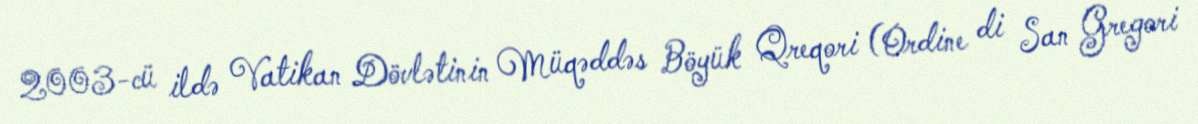
2003-cü ildə Vatikan Dövlətinin Müqəddəs Böyük Qreqori (Ordine di San Gregori